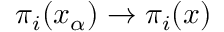
\pi _ { i } ( x _ { \alpha } ) \to \pi _ { i } ( x )